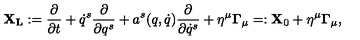
{ \bf X _ { L } } : = { \frac { \partial } { \partial t } } + \dot { q } ^ { s } { \frac { \partial } { \partial q ^ { s } } } + a ^ { s } ( q , \dot { q } ) { \frac { \partial } { \partial \dot { q } ^ { s } } } + \eta ^ { \mu } { \bf \Gamma } _ { \mu } = : { \bf X } _ { 0 } + \eta ^ { \mu } { \bf \Gamma } _ { \mu } ,